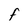
Character: F